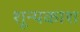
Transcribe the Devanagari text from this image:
शून्यकाश